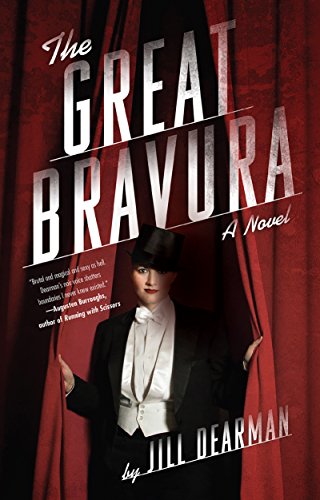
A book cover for The Great Bravura: A Novel; Jill Dearman; Literature & Fiction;